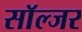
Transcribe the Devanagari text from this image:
साॅल्जर